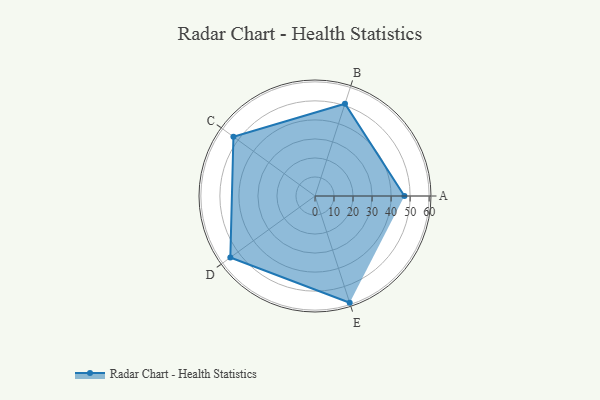
{"axis": {"x": "Skill", "y": "Score"}, "legend": ["Profile"], "data": [{"x": "A", "y": 47.0, "type": "Profile"}, {"x": "B", "y": 51.0, "type": "Profile"}, {"x": "C", "y": 53.0, "type": "Profile"}, {"x": "D", "y": 55.0, "type": "Profile"}, {"x": "E", "y": 59.0, "type": "Profile"}]}